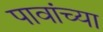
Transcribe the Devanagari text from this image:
पावांच्या